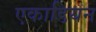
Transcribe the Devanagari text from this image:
एकाडियन